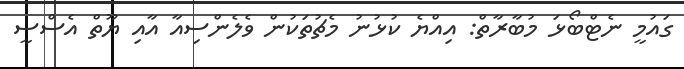
ގައުމީ ނެޓްބޯޅަ މުބާރާތް: އިއްޔެ ކުޅުނު މެޗުތަކުން ވެލެންސިއާ އާއި ޔޫތް އެސްސީ